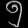
Digit: ၅